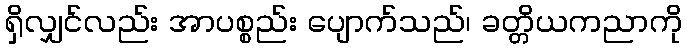
ရှိလျှင်လည်း အာပစ္စည်း ပျောက်သည်၊ ခတ္တိယကညာကို